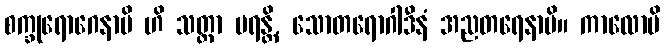
စက္ခုရောဂေနာပိ ဟိ သတ္တာ မရန္တိ, သောတရောဂါဒီနံ အညတရေနာပိ။ ကာလောပိ